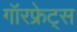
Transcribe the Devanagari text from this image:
गॉरफ्रेट्स